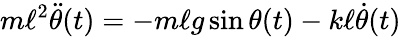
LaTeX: m\ell^{2}{\ddot{\theta}}(t)=-m\ell g\sin\theta(t)-k\ell{\dot{\theta}}(t)